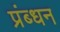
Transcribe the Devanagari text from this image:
प्रंब्धन